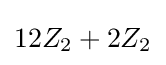
12Z_{2}+2Z_{2}